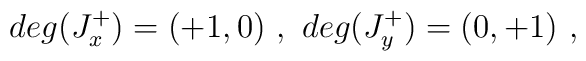
deg (J_x^+) = (+1,0) \ , \ deg (J_y^+) = (0,+1) \ ,